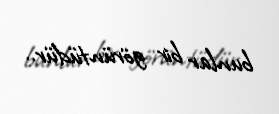
bunlar bir görüntüdür..